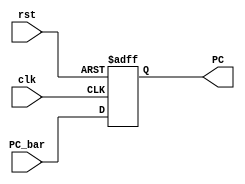
module  pc_counter(

input wire [31:0]  PC_bar, 
input wire         clk,
input wire         rst,
output reg [31:0]  PC
);



always @(posedge clk, negedge rst) begin

    if(!rst) begin 
      PC <= 32'b0;
    end 

    else begin
      PC <= PC_bar;
    end 
end


endmodule